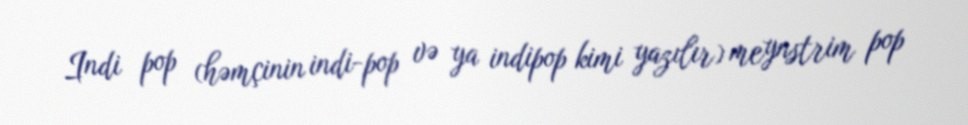
Indi pop (həmçinin indi-pop və ya indipop kimi yazılır) meynstrim pop